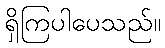
ရှိကြပါပေသည်။